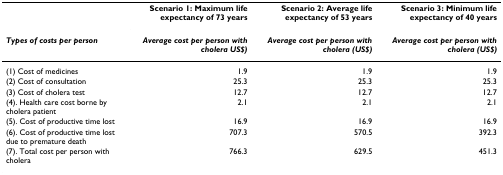
<table><thead><tr><td></td><td><b>Scenario 1: Maximum life expectancy of 73 years</b></td><td><b>Scenario 2: Average life expectancy of 53 years</b></td><td><b>Scenario 3: Minimum life expectancy of 40 years</b></td></tr><tr><td><b><i>Types of costs per person</i></b></td><td><b><i>Average cost per person with cholera US$)</i></b></td><td><b><i>Average cost per person with cholera (US$)</i></b></td><td><b><i>Average cost per person with cholera (US$)</i></b></td></tr></thead><tbody><tr><td>(1) Cost of medicines</td><td>1.9</td><td>1.9</td><td>1.9</td></tr><tr><td>(2) Cost of consultation</td><td>25.3</td><td>25.3</td><td>25.3</td></tr><tr><td>(3) Cost of cholera test</td><td>12.7</td><td>12.7</td><td>12.7</td></tr><tr><td>(4). Health care cost borne by cholera patient</td><td>2.1</td><td>2.1</td><td>2.1</td></tr><tr><td>(5). Cost of productive time lost</td><td>16.9</td><td>16.9</td><td>16.9</td></tr><tr><td>(6). Cost of productive time lost due to premature death</td><td>707.3</td><td>570.5</td><td>392.3</td></tr><tr><td>(7). Total cost per person with cholera</td><td>766.3</td><td>629.5</td><td>451.3</td></tr></tbody></table>